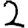
Digit: 2